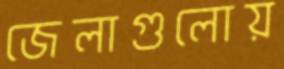
জেলাগুলোয়